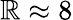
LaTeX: \mathbb{R}\approx8